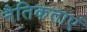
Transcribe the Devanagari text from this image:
नैतिकताएं